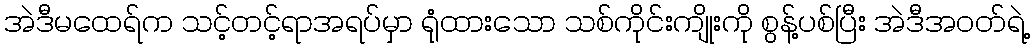
အဲဒီမထေရ်က သင့်တင့်ရာအရပ်မှာ ရုံထားသော သစ်ကိုင်းကျိုးကို စွန့်ပစ်ပြီး အဲဒီအဝတ်ရဲ့